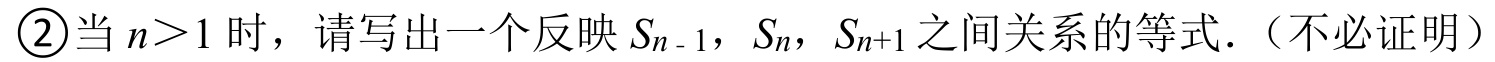
\textcircled{2}当\(n > 1\)时，请写出一个反映\(S_{n - 1}\)，\(S_{n}\)，\(S_{n + 1}\)之间关系的等式．（不必证明）